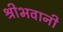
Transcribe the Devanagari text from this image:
श्रीभवानी